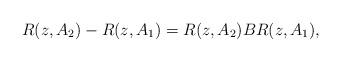
LaTeX: \begin{align*} R(z,A_2)-R(z,A_1)=R(z,A_2)BR(z,A_1),\end{align*}